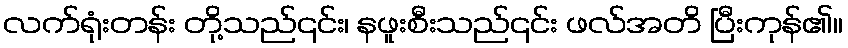
လက်ရုံးတန်း တို့သည်၎င်း၊ နဖူးစီးသည်၎င်း ဖလ်အတိ ပြီးကုန်၏။